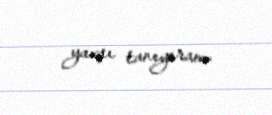
yaxşı tanıyıram.